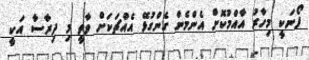
ފޯނަކީ މިހާރު އާއްމުކޮށް އެންމެން ގެންގުޅޭ އެއްޗަކަށް ވާތީ މި ދިރާސާ އަކީ